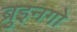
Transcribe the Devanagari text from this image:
ब्रुइनगो